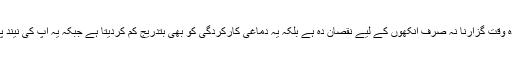
ان اسکرینوں کے ساتھ زیادہ وقت گزارنا نہ صرف آنکھوں کے لیے نقصان دہ ہے بلکہ یہ دماغی کارکردگی کو بھی بتدریج کم کردیتا ہے جبکہ یہ آپ کی نیند پر بھی منفی اثرات ڈالتا ہے۔